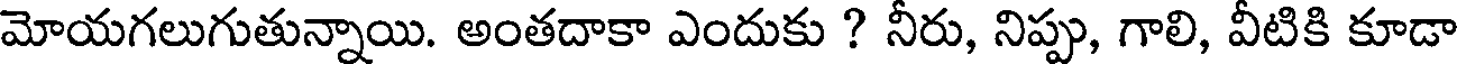
మోయగలుగుతున్నాయి. అంతదాకా ఎందుకు ? నీరు, నిప్పు, గాలి, వీటికి కూడా